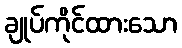
ချုပ်ကိုင်ထားသော